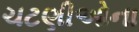
ચટણીઓના